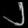
Digit: ၂